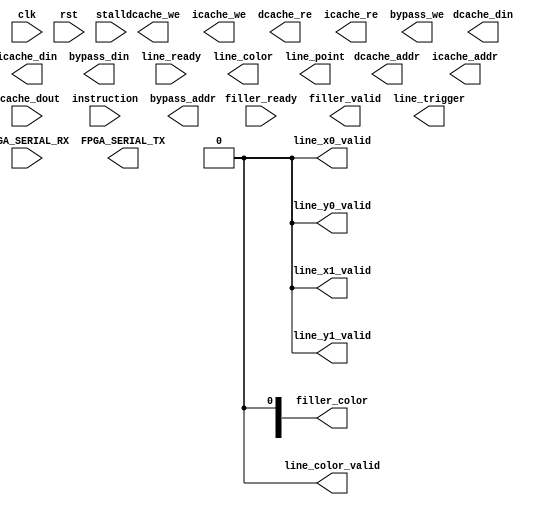

module MIPS150(
    input clk,
    input rst,

    // Serial
    input FPGA_SERIAL_RX,
    output FPGA_SERIAL_TX,

    // Memory system ports
    output [31:0] dcache_addr,
    output [31:0] icache_addr,
    output [3:0] dcache_we,
    output [3:0] icache_we,
    output dcache_re,
    output icache_re,
    output [31:0] dcache_din,
    output [31:0] icache_din,
    input [31:0] dcache_dout,
    input [31:0] instruction,
    input stall,

    output [31:0] bypass_addr,
    output [31:0] bypass_din,
    output [3:0]  bypass_we,

    // Graphics ports
    input          filler_ready,
    input          line_ready,
    output  [23:0] filler_color,
    output         filler_valid,
    output  [31:0] line_color,
    output  [9:0]  line_point,
    output         line_color_valid,
    output         line_x0_valid,
    output         line_y0_valid,
    output         line_x1_valid,
    output         line_y1_valid,
    output         line_trigger
);

    // Remove these for CP5. 
    assign line_color_valid = 0;
    assign line_x0_valid = 0;
    assign line_x1_valid = 0;
    assign line_y0_valid = 0;
    assign line_y1_valid = 0;


endmodule